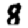
Digit: 8